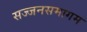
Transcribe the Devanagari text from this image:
सज्जनसमागम